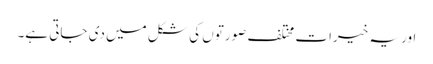
اور یہ خیرات مختلف صورتوں کی شکل میں دی جاتی ہے۔